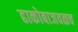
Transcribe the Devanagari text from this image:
ढाकोबाजवळच